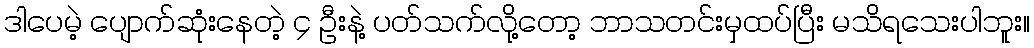
ဒါပေမဲ့ ပျောက်ဆုံးနေတဲ့ ၄ ဦးနဲ့ ပတ်သက်လို့တော့ ဘာသတင်းမှထပ်ပြီး မသိရသေးပါဘူး။